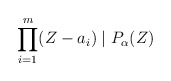
\begin{align*}\prod_{i=1}^{m}(Z-a_i)\mid P_\alpha(Z)\end{align*}